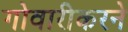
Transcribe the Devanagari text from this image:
गोवारीकरने